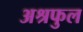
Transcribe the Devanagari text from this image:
अश्रफुल